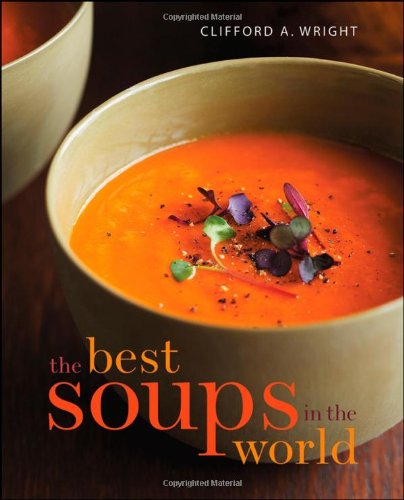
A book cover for The Best Soups in the World; Clifford A. Wright; Cookbooks, Food & Wine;